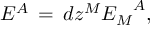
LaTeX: E ^ { A } \, = \, d z ^ { M } { { E _ { M } } ^ { A } } ,